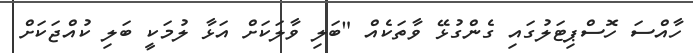
ހާއްސަ ހޮސްޕިޓަލުގައި ގެންގުޅޭ ވާތަކެއް "ބަލި ވާލަކަށް އަޅާ ލުމަކީ ބަލި ކުއްޖަކަށް